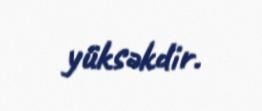
yüksəkdir.